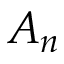
A _ { n }